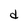
Character: d